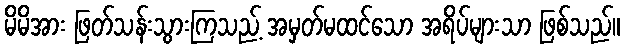
မိမိအား ဖြတ်သန်းသွားကြသည့် အမှတ်မထင်သော အရိပ်များသာ ဖြစ်သည်။